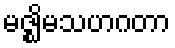
မဇ္ဈိမသဟဂတာ